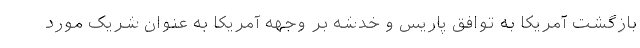
بازگشت آمریکا به توافق پاریس و خدشه بر وجهه آمریکا به عنوان شریک مورد